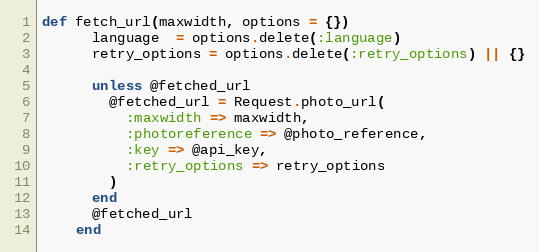
Language: Ruby
def fetch_url(maxwidth, options = {})
      language  = options.delete(:language)
      retry_options = options.delete(:retry_options) || {}

      unless @fetched_url
        @fetched_url = Request.photo_url(
          :maxwidth => maxwidth,
          :photoreference => @photo_reference,
          :key => @api_key,
          :retry_options => retry_options
        )
      end
      @fetched_url
    end